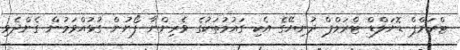
ޓްރަމްޕް ޑޮނަލްޑް ޓްރަމްޕް ދުނިޔޭގެ އެކި ގައުމުތަކުގެ ވެރިންނާ ފޯނުން ގުޅުއްވަމުން ގެންދެވި